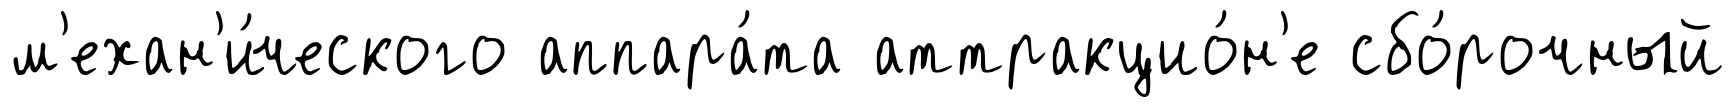
м'ехан'и́ческого аппара́та аттракцио́н'е сбо́рочный